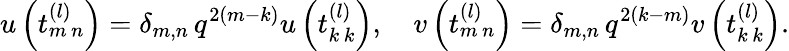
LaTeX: u\left(t_{m\, n}^{(l)}\right)=\delta_{m,n}\, q^{2(m-k)}u\left(t_{k\, k}^{(l)}\right),\quad v\left(t_{m\, n}^{(l)}\right)=\delta_{m,n}\, q^{2(k-m)}v\left(t_{k\, k}^{(l)}\right).